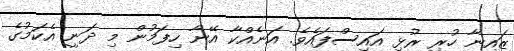
ޒައިނާ ހުރި ރުޅި އައިސްފައެވެ. އަނެއްކާ އޭނާ ހިފަމުން މި ދަނީ އެކަމުގެ